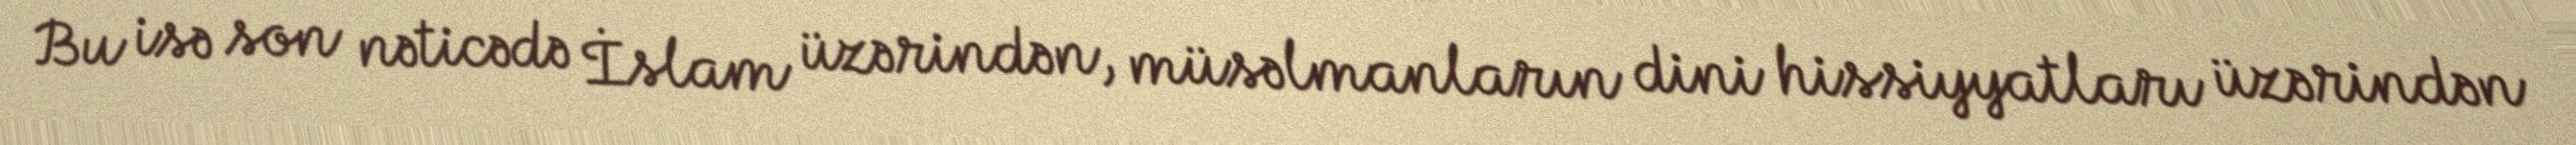
Bu isə son nəticədə İslam üzərindən, müsəlmanların dini hissiyyatları üzərindən